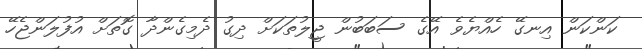
ކަންކަން އިނގޭ ހެއްޔެވެ އޭގެ ސަބަބުން ޖީލުތަކަށް ދިގު ދެމިގެންދާ ގޮތަށް އުފުލަންޖެހޭ